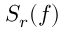
S _ { r } ( f )